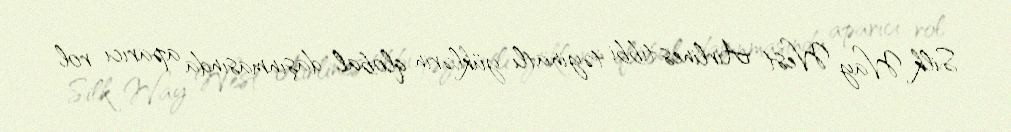
Silk Way West Airlines tibbi təyinatlı yüklərin qlobal daşınmasında aparıcı rol